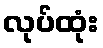
လုပ်ထုံး